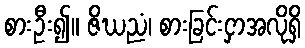
စားဦး၍။ ဇိဃညံ၊ စားခြင်းငှာအလိုရှိ